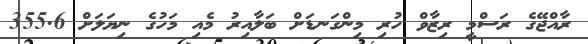
ރާއްޖޭގެ ރަސްމީ ރިޒާވް ހުރި މިންގަނޑަށް ބަލާއިރު މެއި މަހުގެ ނިޔަލަށް 355.6